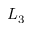
L _ { 3 }